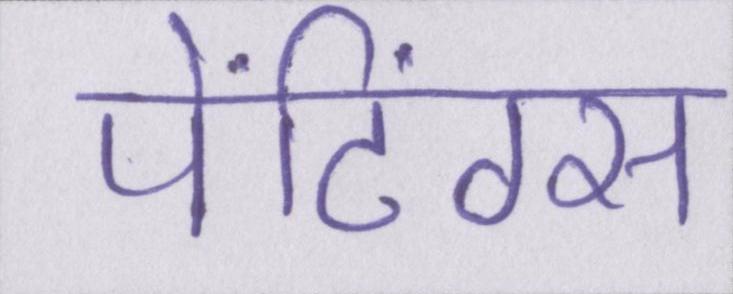
पेंटिंग्स